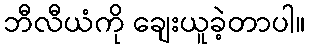
ဘီလီယံကို ချေးယူခဲ့တာပါ။